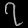
Digit: ၇